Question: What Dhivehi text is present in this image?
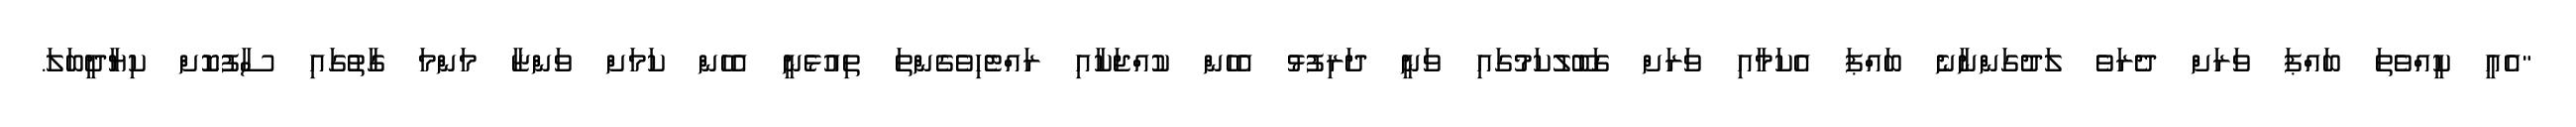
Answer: "އެއީ ކީއްވެތަ ބައްޕަ ވަރަށް ދެރަވެ ލަދުގަންނާނެ ބައްޕަ އެކަމާއި ވަރަށް ގަބޫލުކަމުގައި ވަނީ ދަރިފުޅު އެހެން ކުއްޖަކާއި ރައްޓެހިވެގެންތަ ތިއުޅެނީ އެހެން ކަމަށް ވަންޏާ މަންމަ ގާތުގައި ސާފުކޮށް ކިޔާދީބަލަ.